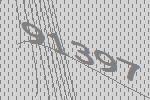
91397